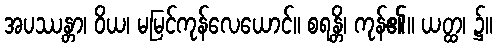
အပဿန္တာ၊ ဝိယ၊ မမြင်ကုန်လေယောင်။ စရန္တိ၊ ကုန်၏။ ယတ္ထ၊ ၌။